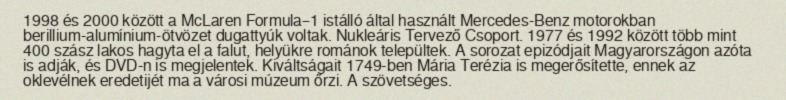
1998 és 2000 között a McLaren Formula–1 istálló által használt Mercedes-Benz motorokban berillium-alumínium-ötvözet dugattyúk voltak. Nukleáris Tervező Csoport. 1977 és 1992 között több mint 400 szász lakos hagyta el a falut, helyükre románok települtek. A sorozat epizódjait Magyarországon azóta is adják, és DVD-n is megjelentek. Kiváltságait 1749-ben Mária Terézia is megerősítette, ennek az oklevélnek eredetijét ma a városi múzeum őrzi. A szövetséges.